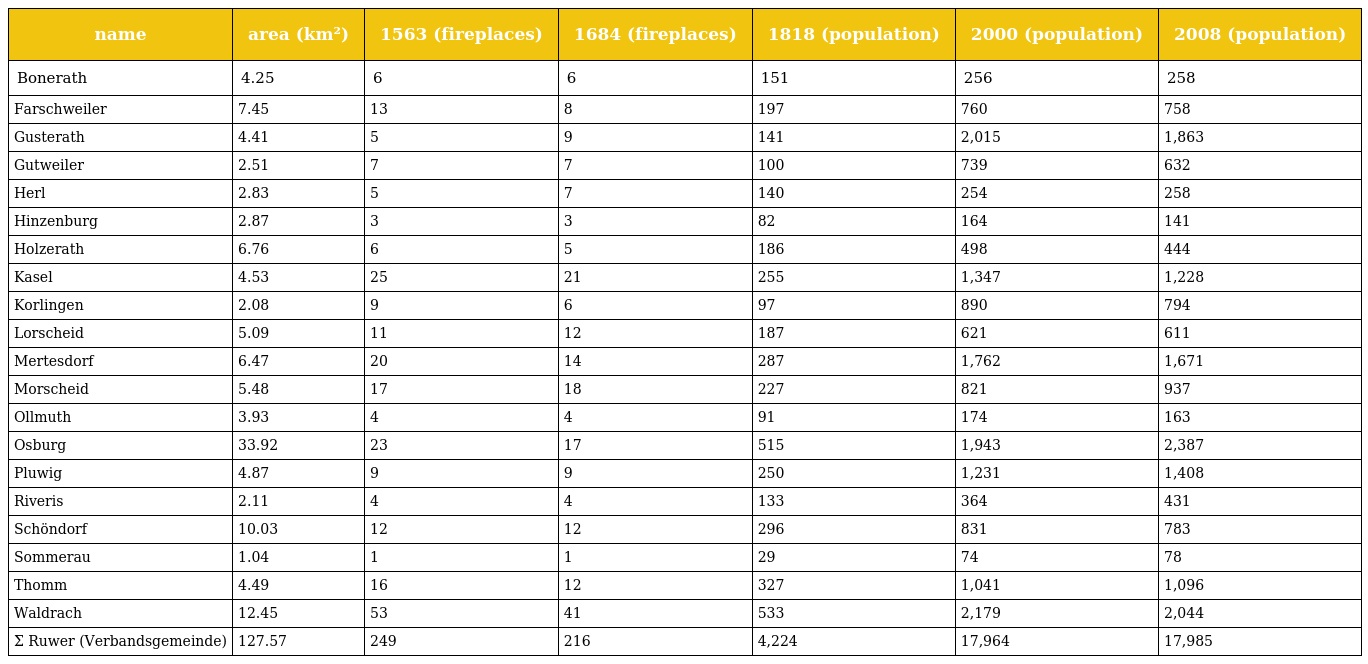
| name | area (km²) | 1563 (fireplaces) | 1684 (fireplaces) | 1818 (population) | 2000 (population) | 2008 (population) |
 | --- | --- | --- | --- | --- | --- | --- |
 | Bonerath | 4.25 | 6 | 6 | 151 | 256 | 258 |
 | Farschweiler | 7.45 | 13 | 8 | 197 | 760 | 758 |
 | Gusterath | 4.41 | 5 | 9 | 141 | 2,015 | 1,863 |
 | Gutweiler | 2.51 | 7 | 7 | 100 | 739 | 632 |
 | Herl | 2.83 | 5 | 7 | 140 | 254 | 258 |
 | Hinzenburg | 2.87 | 3 | 3 | 82 | 164 | 141 |
 | Holzerath | 6.76 | 6 | 5 | 186 | 498 | 444 |
 | Kasel | 4.53 | 25 | 21 | 255 | 1,347 | 1,228 |
 | Korlingen | 2.08 | 9 | 6 | 97 | 890 | 794 |
 | Lorscheid | 5.09 | 11 | 12 | 187 | 621 | 611 |
 | Mertesdorf | 6.47 | 20 | 14 | 287 | 1,762 | 1,671 |
 | Morscheid | 5.48 | 17 | 18 | 227 | 821 | 937 |
 | Ollmuth | 3.93 | 4 | 4 | 91 | 174 | 163 |
 | Osburg | 33.92 | 23 | 17 | 515 | 1,943 | 2,387 |
 | Pluwig | 4.87 | 9 | 9 | 250 | 1,231 | 1,408 |
 | Riveris | 2.11 | 4 | 4 | 133 | 364 | 431 |
 | Schöndorf | 10.03 | 12 | 12 | 296 | 831 | 783 |
 | Sommerau | 1.04 | 1 | 1 | 29 | 74 | 78 |
 | Thomm | 4.49 | 16 | 12 | 327 | 1,041 | 1,096 |
 | Waldrach | 12.45 | 53 | 41 | 533 | 2,179 | 2,044 |
 | Σ Ruwer (Verbandsgemeinde) | 127.57 | 249 | 216 | 4,224 | 17,964 | 17,985 |